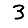
Digit: 3